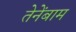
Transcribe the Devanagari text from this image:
तेनेंबाम